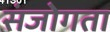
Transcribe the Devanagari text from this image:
संजोगता